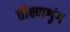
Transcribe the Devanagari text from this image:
तीक्ष्णशृंग